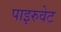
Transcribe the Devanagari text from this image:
पाइरुवेट